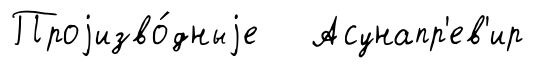
Проjизво́дныjе Асунапр'ев'ир